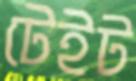
টেইট